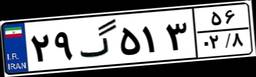
۲۹گ۵۱۳۵۶